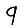
Digit: 9